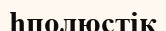
һполюстік